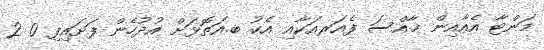
މަންޓާ އެއާއިން ޚާއްސަ ފެއަރއަކާއި އެކު ބ.އަތޮޅަށް އުދުހެން ފަށައިފި 0 2